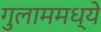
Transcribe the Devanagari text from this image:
गुलाममध्ये